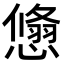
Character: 𢢱